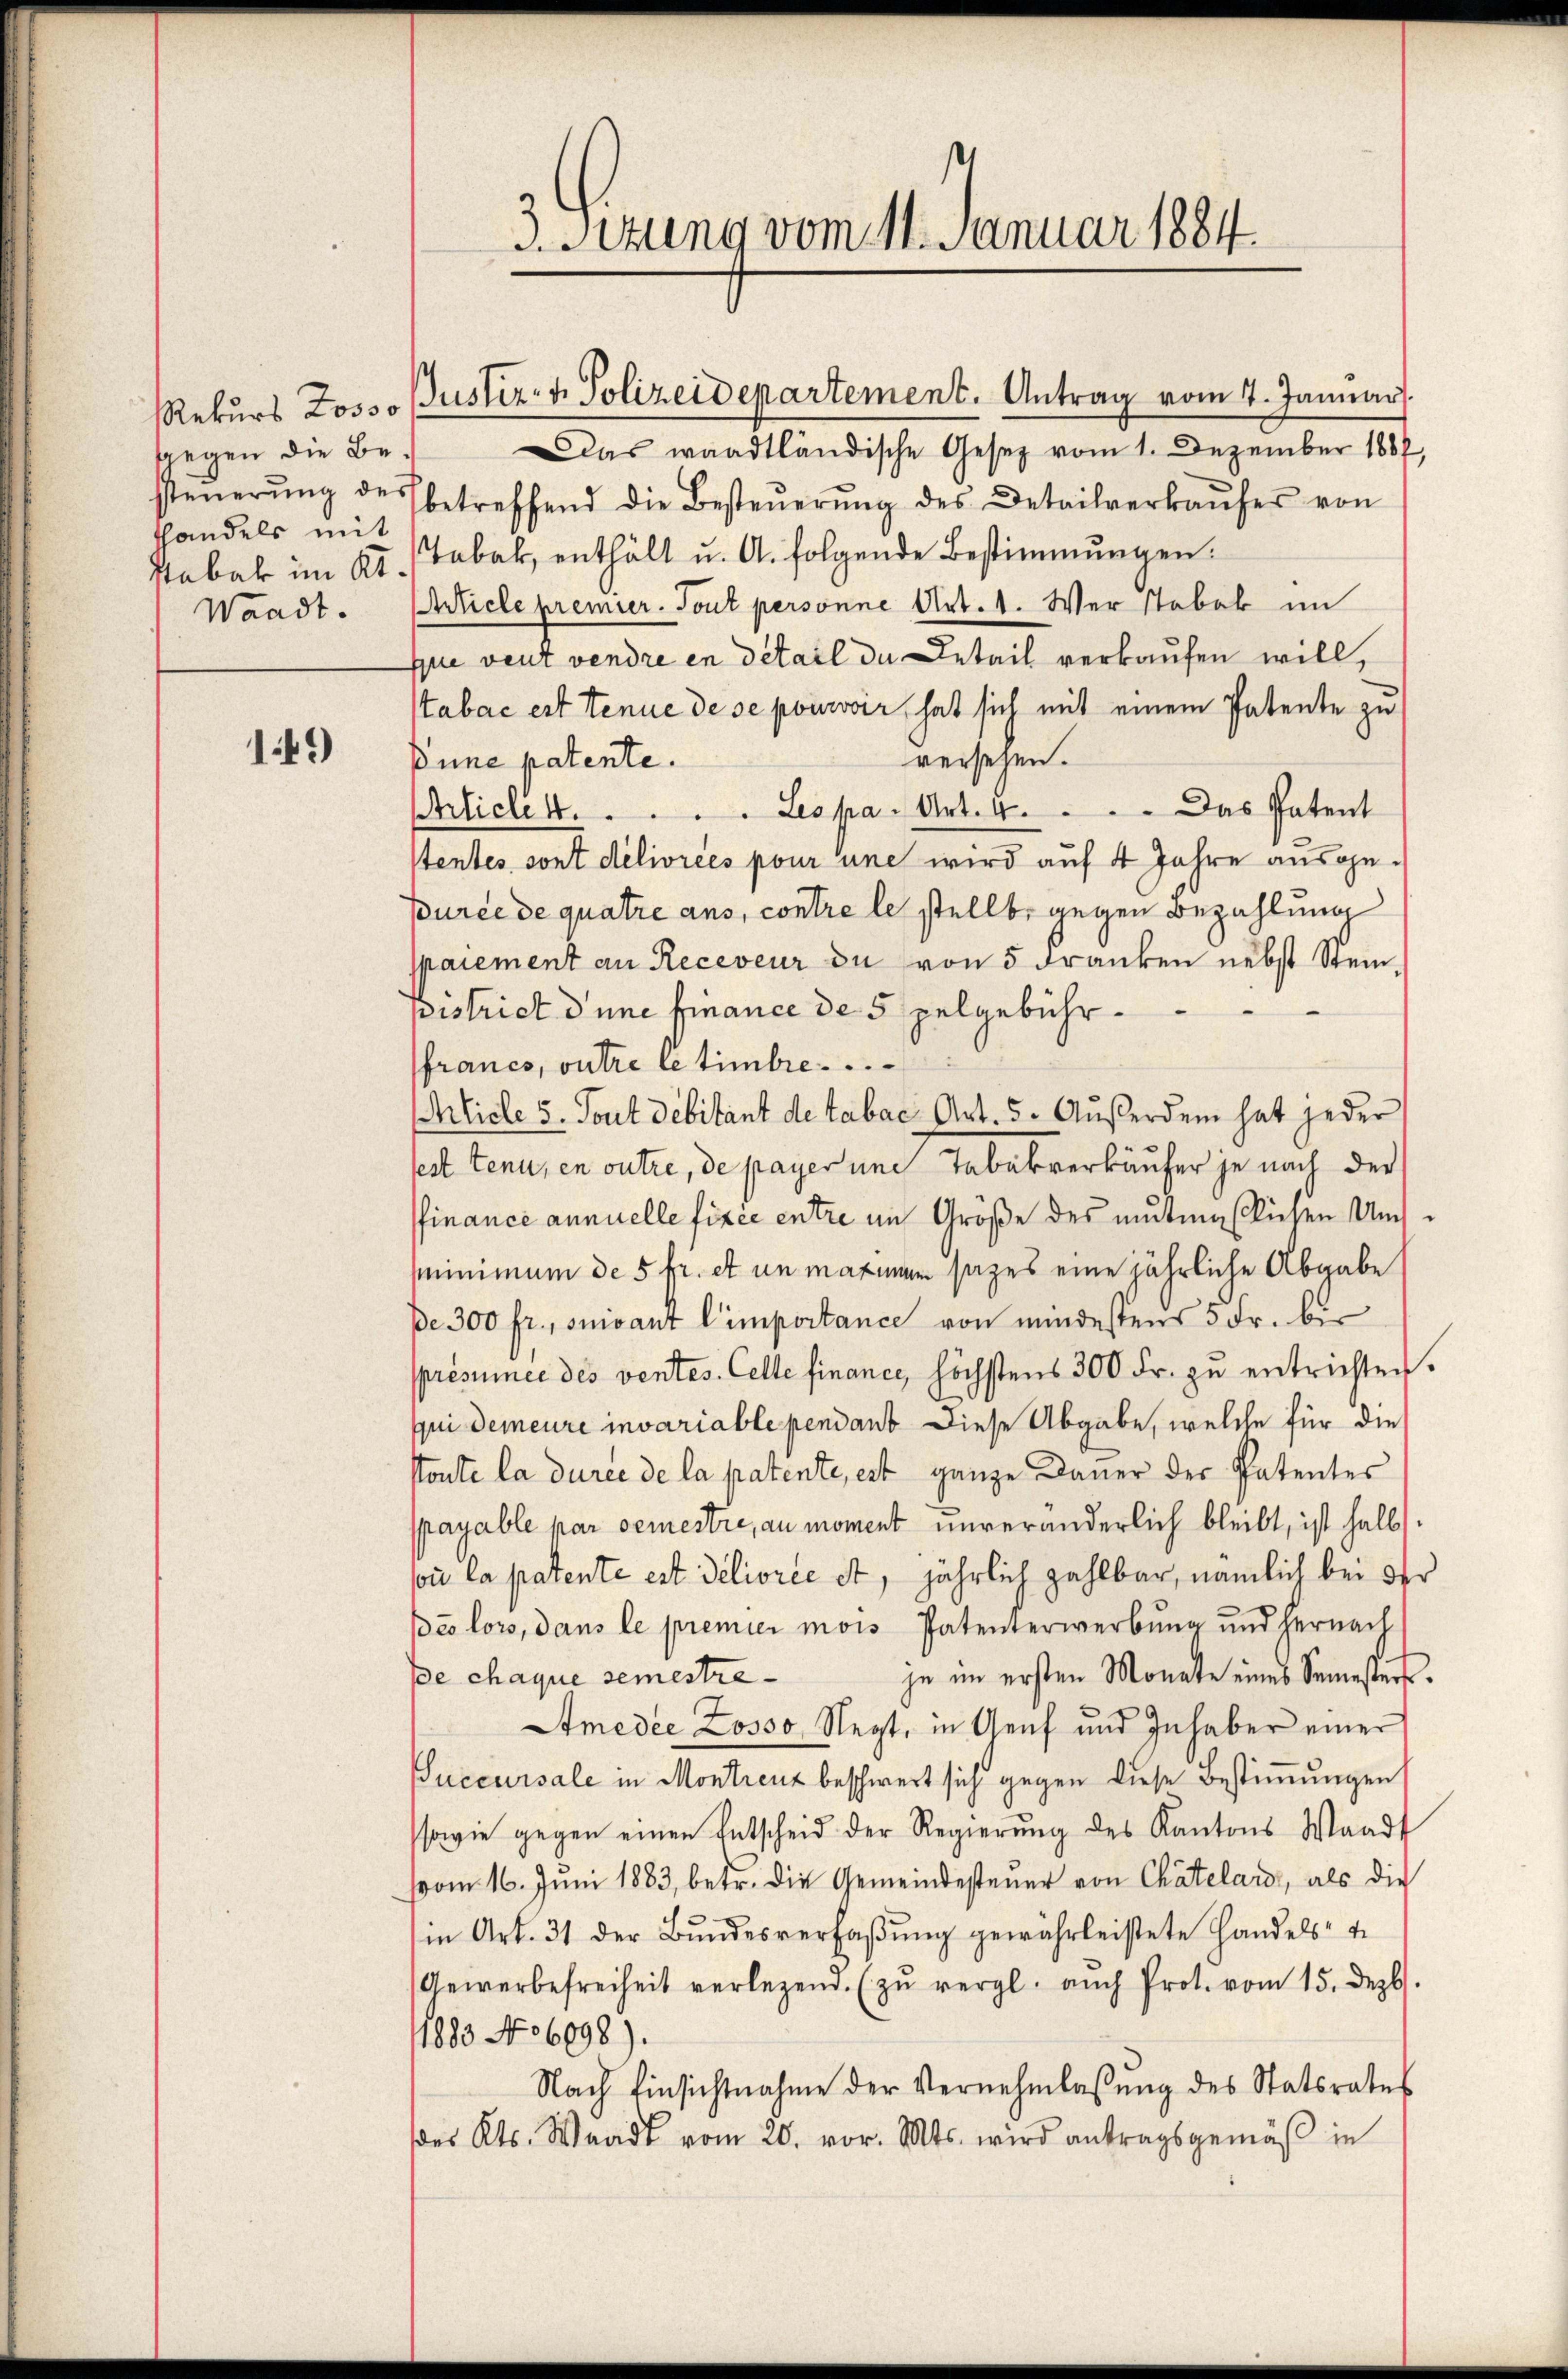
149

ggegen die Bethandels mit

3. Sitzung vom 11. Januar 1884

Das waadtländische Gesetz vom 1. Dezember 1887,
steŭerŭng des betreffend die Besteŭerŭng des Detailverkaŭfer von
Ptabak im Kt. Tabak, enthält u. A. folgende Bestimmungen.
Waadt. Article premier. Tout personne Art. 1. Wer stabel im
Die veut vendre in detail da Detail verkaufen will,
Stabac est tenue de se pourvoir hat sich mit einem Patente zu
versetzen.
Pune patente.
Articlek.  ..  ..  ..  ..  Leopa. Art. 4.   ..  ..  ..  Das Patent
Stentes sont délivrées pour une wird auf 4 Jahre ausgepurce de quatre ans, contre le stellt, gegen Bezahlung
ppaiement an Receveur du von 5 Franken nebst Steinpistrict d’une finance de 5 pelgebührfrancs, outre letimbre ....
Ahnliche 5. Tout debitant de tabac Art. 5. Außerdem hat jeder
sest tenu, en outre, de payer und Tabakrerkäufer je nach der
ffinance annuelle fixée entre im Größe des mutine lichen Um¬
Minimum de 5 fr. et in marian sages eine jährliche Abgabe
De 300 fr., suivant l’importance von mindestens 5 Fr. bis
présumée des ventes. Cette finance, höchstens 300 Fr. zu entrichten.
qui demeure invariable pendant diese Abgabe, welche für die
stoute la durée de la patente, est ganze Dauer der Patentes
payable par Semestre, au moment unveränderlich bleibt, ist halb
son la patente est deliorée et, jährlich zahlbar, nämlich bei der
Bro lors, dans le premier mois Patenterwerbung und hernach
je im ersten Monate eines Semester.
e chaque semestre¬
Amedie Losso Negt, in Genf und Inhaber einer
Succursale in Montreuz beschwert sich gegen diese Bestimmungen
sowie gegen einen Entscheid der Regierŭng des Kantons Waadt
vom 16. Juni 1883, betr. die Gemeindesteuer von Chatelard, als die
in Art. 31 der Bundesverfaßung gewährleistete Handels- u
Gewerbefreiheit verlegend. (zŭ vergl. auch Prot. vom 15. Dezbr.
1883 No 6098).
Nach Einsichtnahme der Vernehmlassŭng des Statsrates
des Kts. Waadt vom 20. vor. Mts. wird antragsgemäß in

Rekurs Losso Pustiz- & Polizeidepartement. Antrag vom 1. Januar